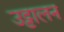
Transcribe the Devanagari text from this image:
उट्टालन